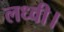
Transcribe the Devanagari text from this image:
लध्वी।